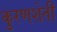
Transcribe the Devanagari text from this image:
कुरणशेती